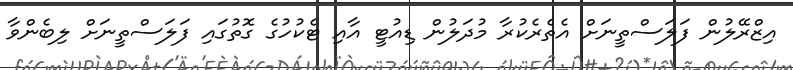
އިޒްރޭލުން ފަލަސްތީނަށް އެތެރެކުރާ މުދަލުން ޑިއުޓީ އާއި ޓެކުހުގެ ގޮތުގައި ފަލަސްތީނަށް ލިބެންވާ